Mental hospitals Bombay report 1921-28 - 1921-1928
Year: 1921
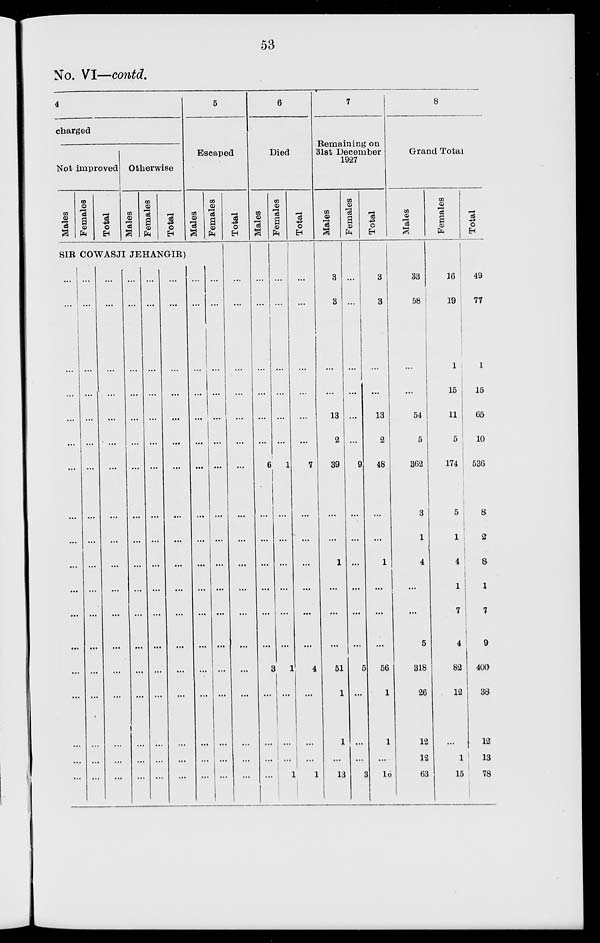
53
No. VI—contd.
4
charged
Not improved
Males
Females
Total
Otherwise
Males
Females
Total
5
Escaped
Males
Females
SIR COWASJI JEHANGIR)
...
...
...
...
...
...
...
...
...
...
...
...
...
...
...
...
...
...
...
...
...
...
...
...
...
...
...
...
...
...
...
...
...
...
...
...
...
...
...
...
...
...
...
...
...
...
...
...
...
...
...
...
...
...
...
...
...
...
...
...
...
...
...
...
...
...
...
...
...
...
...
...
...
...
...
...
...
...
...
...
...
...
...
...
...
...
...
...
...
...
...
...
...
...
...
...
...
...
...
...
...
...
...
...
...
...
...
...
...
...
...
...
...
...
...
...
...
...
...
...
...
...
...
...
...
...
...
...
...
...
...
...
...
...
...
...
...
...
...
...
...
...
...
...
Total
...
...
...
...
...
...
...
...
...
...
...
...
...
...
...
...
...
...
6
Died
Males
...
...
...
...
...
...
6
...
...
...
...
...
...
3
...
...
...
...
Females
...
...
...
...
...
...
1
...
...
...
...
...
...
1
...
...
...
1
Total
...
...
...
...
...
...
7
...
...
...
...
...
...
4
...
...
...
1
7
Remaining on
31st December
1927
Males
3
3
...
...
13
2
39
...
...
1
...
...
...
51
1
1
...
13
Females
...
...
...
...
...
...
9
...
...
...
...
...
...
5
...
...
...
3
Total
3
3
...
...
13
2
48
...
...
1
...
...
...
56
1
1
...
16
8
Grand Total
Males
33
58
...
...
54
5
362
3
1
4
...
...
5
318
26
12
12
63
Females
16
19
1
15
11
5
174
5
1
4
1
7
4
82
12
...
1
15
Total
49
77
1
15
65
10
536
8
2
8
1
7
9
400
38
12
13
78